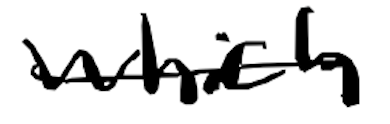
Text: which
Cross-out: single-line
Writing tool: digital_black